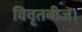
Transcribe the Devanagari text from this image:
विवृतबीज।